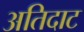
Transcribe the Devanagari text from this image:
अतिदाट